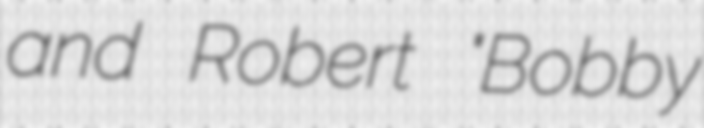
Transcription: and Robert "Bobby